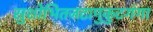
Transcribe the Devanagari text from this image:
सुशोभितजटामुकुटगंगा